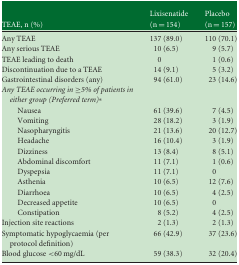
| TEAE, n (%) | Lixisenatide(n = 154) | Placebo(n = 157) |
 | --- | --- | --- |
 | Any TEAE | 137 (89.0) | 110 (70.1) |
 | Any serious TEAE | 10 (6.5) | 9 (5.7) |
 | TEAE leading to death | 0 | 1 (0.6) |
 | Discontinuation due to a TEAE | 14 (9.1) | 5 (3.2) |
 | Gastrointestinal disorders (any) | 94 (61.0) | 23 (14.6) |
 | Any TEAE occurring in ≥5% of patients in either group (Preferred term)* |  |  |
 | Nausea | 61 (39.6) | 7 (4.5) |
 | Vomiting | 28 (18.2) | 3 (1.9) |
 | Nasopharyngitis | 21 (13.6) | 20 (12.7) |
 | Headache | 16 (10.4) | 3 (1.9) |
 | Dizziness | 13 (8.4) | 8 (5.1) |
 | Abdominal discomfort | 11 (7.1) | 1 (0.6) |
 | Dyspepsia | 11 (7.1) | 0 |
 | Asthenia | 10 (6.5) | 12 (7.6) |
 | Diarrhoea | 10 (6.5) | 4 (2.5) |
 | Decreased appetite | 10 (6.5) | 0 |
 | Constipation | 8 (5.2) | 4 (2.5) |
 | Injection site reactions | 2 (1.3) | 2 (1.3) |
 | Symptomatic hypoglycaemia (per protocol definition) | 66 (42.9) | 37 (23.6) |
 | Blood glucose <60 mg/dL | 59 (38.3) | 32 (20.4) |